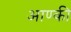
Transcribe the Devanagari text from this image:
आण्की